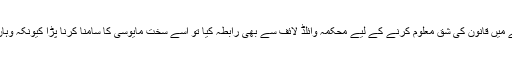
ذمہ دار ذرائع کے مطابق پولیس حکام نے اس سلسلے میں قانون کی شق معلوم کرنے کے لیے محکمہ وائلڈ لائف سے بھی رابطہ کیا تو اسے سخت مایوسی کا سامنا کرنا پڑا کیونکہ وہاں سے بتایا گیا کہ مینڈک سے ان کا کوئی تعلق نہیں ۔